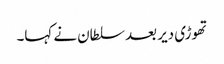
تھوڑی دیر بعد سلطان نے کہا۔